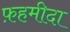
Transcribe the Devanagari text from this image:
फ़हमीदा